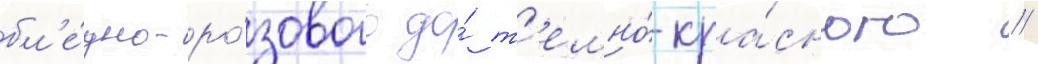
бл'е́дно-ро́зового до́ т'емно́-кра́сного //